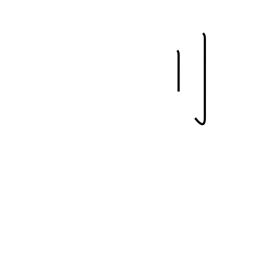
Meaning: standing sword radical (no. 18)